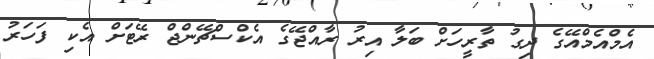
އެމްއެމްއޭގެ ދިގު ތާރީހަށް ބަލާ އިރު ރާއްޖޭގެ އެކްސްޗޭންޖް ރޭޓަށް އެކި ފަހަރު